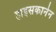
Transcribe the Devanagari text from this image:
हाइसकानेन